Vaccination in Bombay 1856-1862 - 1856-1862
Year: 1856
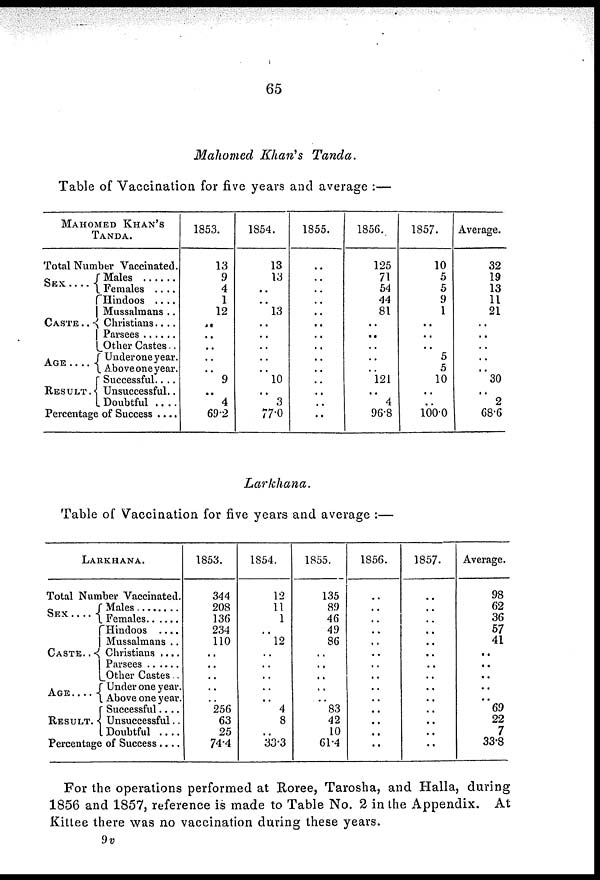
65
Mahomed Khan's Tanda.
Table of Vaccination for five years and average :—
MAHOMED KHAN'S
TANDA.
Total Number Vaccinated.
SEX
CASTE . .
AGE . . .
RESULTS
Males. . . . . .
Females . . . .
Hindoos . . .
Mussalmans ..
Christians . .
Parsees . . . .
Other Castes . .
Under one year. .
Above one year.
Successful . . . .
Unsuccessful..
Doubtful . . . .
Percentage of Success . . .
1853.
13
9
4
1
12
..
..
..
..
.. 9
..
4
69.2
1854.
13
13
..
..
13
..
..
..
..
.. 10
..
3
77.0
1855.
..
..
..
..
..
..
..
..
..
..
..
..
..
..
1856.
125
71
54
44
81
..
..
..
..
..
121
..
4
96.8
1857.
10
5
5
9
1
..
..
..
5
5
10
..
..
100.0
Average.
32
19
13
11
21
..
..
..
..
..
30
..
2
68.6
Larkhana.
Table of Vaccination for five years and average :—
LARKHANA.
Total Number Vaccinated.
SEX . . .
CASTE . .
AGE . . .
RESULT .
Males . . . .
Females . . . .
Hindoos . . .
Mussalmans ..
Christians . . . .
Parsees . . . .
Other Castes . . .
Under one year. .
Above one year.
Successful . . .
Unsuccessful.. .
Doubtful . . . .
Percentage of Success . . . .
1853.
344
208
136
234
110
..
..
..
..
..
256
63
25
74.4
1854.
12
11
1
..
12
..
..
..
..
..
4
8
..
33.3
1855.
135
89
46
49
86
..
..
..
..
..
83
42
10
61.4
1856.
..
..
..
..
..
..
..
..
..
..
..
..
..
..
1857.
..
..
..
..
..
..
..
..
..
..
..
..
..
..
Average.
98
62
36
57
41
..
..
..
..
..
69
22
7
33.8
For the operations performed at Roree, Tarosha, and Halla, during
1856 and 1857, reference is made to Table No. 2 in the Appendix. At
Kittee there was no vaccination during these years.
9v